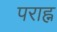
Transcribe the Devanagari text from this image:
पराह्न